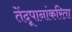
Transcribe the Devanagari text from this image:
तेंदूपानांकरिता